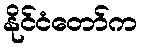
နိုင်ငံတော်က